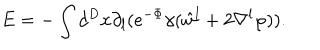
E = - \int d ^ { D } x \partial _ { l } ( e ^ { - \Phi } \gamma ( \hat { w } ^ { l } + 2 \nabla ^ { l } \varphi ) ) .